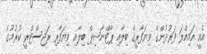
އެއީ އަމިއްލަ ފަރުދުންގެ ވިޔަފާރީގެ ބިލާއި ޕާޓްނާޝިޕް ބިލާއި ވިޔަފާރި ރަޖިސްޓްރީ ކުރުމުގެ